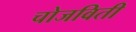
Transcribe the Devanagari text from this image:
चोजविती